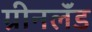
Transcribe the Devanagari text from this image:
ग्रीनलॅंड